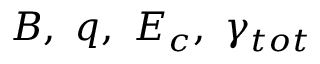
B , \ q , \ E _ { c } , \ \gamma _ { t o t }